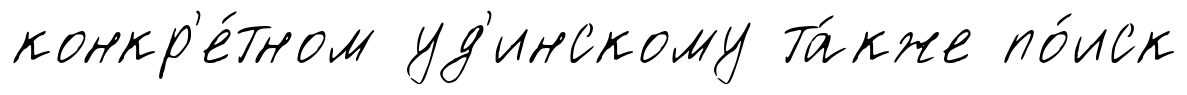
конкр'е́тном уд'инскому та́кже по́иск